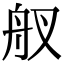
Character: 䑡